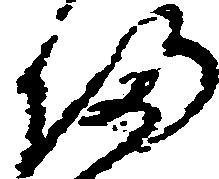
帰